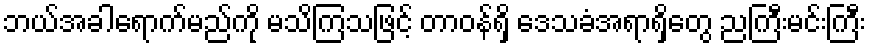
ဘယ်အခါရောက်မည်ကို မသိကြသဖြင့် တာဝန်ရှိ ဒေသခံအရာရှိတွေ ညကြီးမင်းကြီး